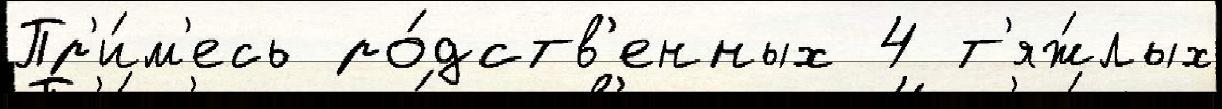
Пр'и́м'есь ро́дств'енных 4 т'яж́лых